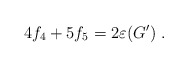
\begin{align*}4 f_4 + 5 f_5 = 2\varepsilon(G')\ . \end{align*}